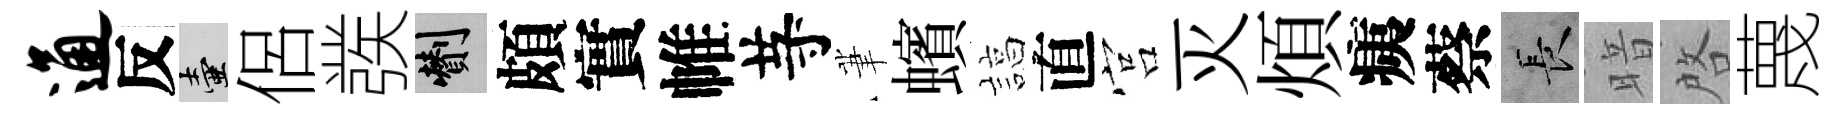
通反壺侶彂剪頗實帷䒭茟蠙諄直宫灭煩痍蔡长暗啓蔑